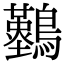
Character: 𪇠